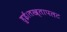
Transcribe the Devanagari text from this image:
हुई।तख्तापलट